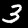
Label: 3